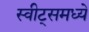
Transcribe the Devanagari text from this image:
स्वीट्‌समध्ये